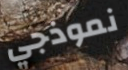
نموذجي